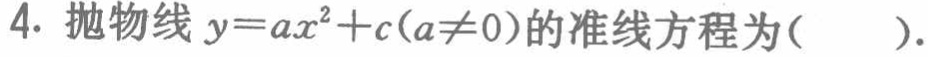
4. 抛物线\(y = ax^{2}+c(a\neq0)\)的准线方程为(  ).